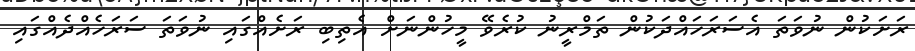
ރަށަކުން ނުވަތަ އެސަރަހައްދަކުން ތަމްރީނު ކުރެވޭ މީހުންނަށް އެތިބި ރަށެއްގައި ނުވަތަ ސަރަހެއްދެއްގައި